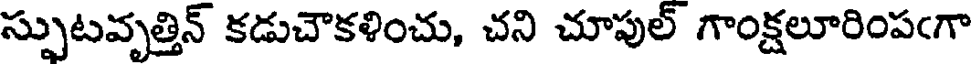
స్పుటవృత్తిన్ కడుచౌకళించు, చని చూపుల్ గాంక్షలూరింపఁగా